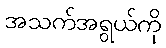
အသက်အရွယ်ကို